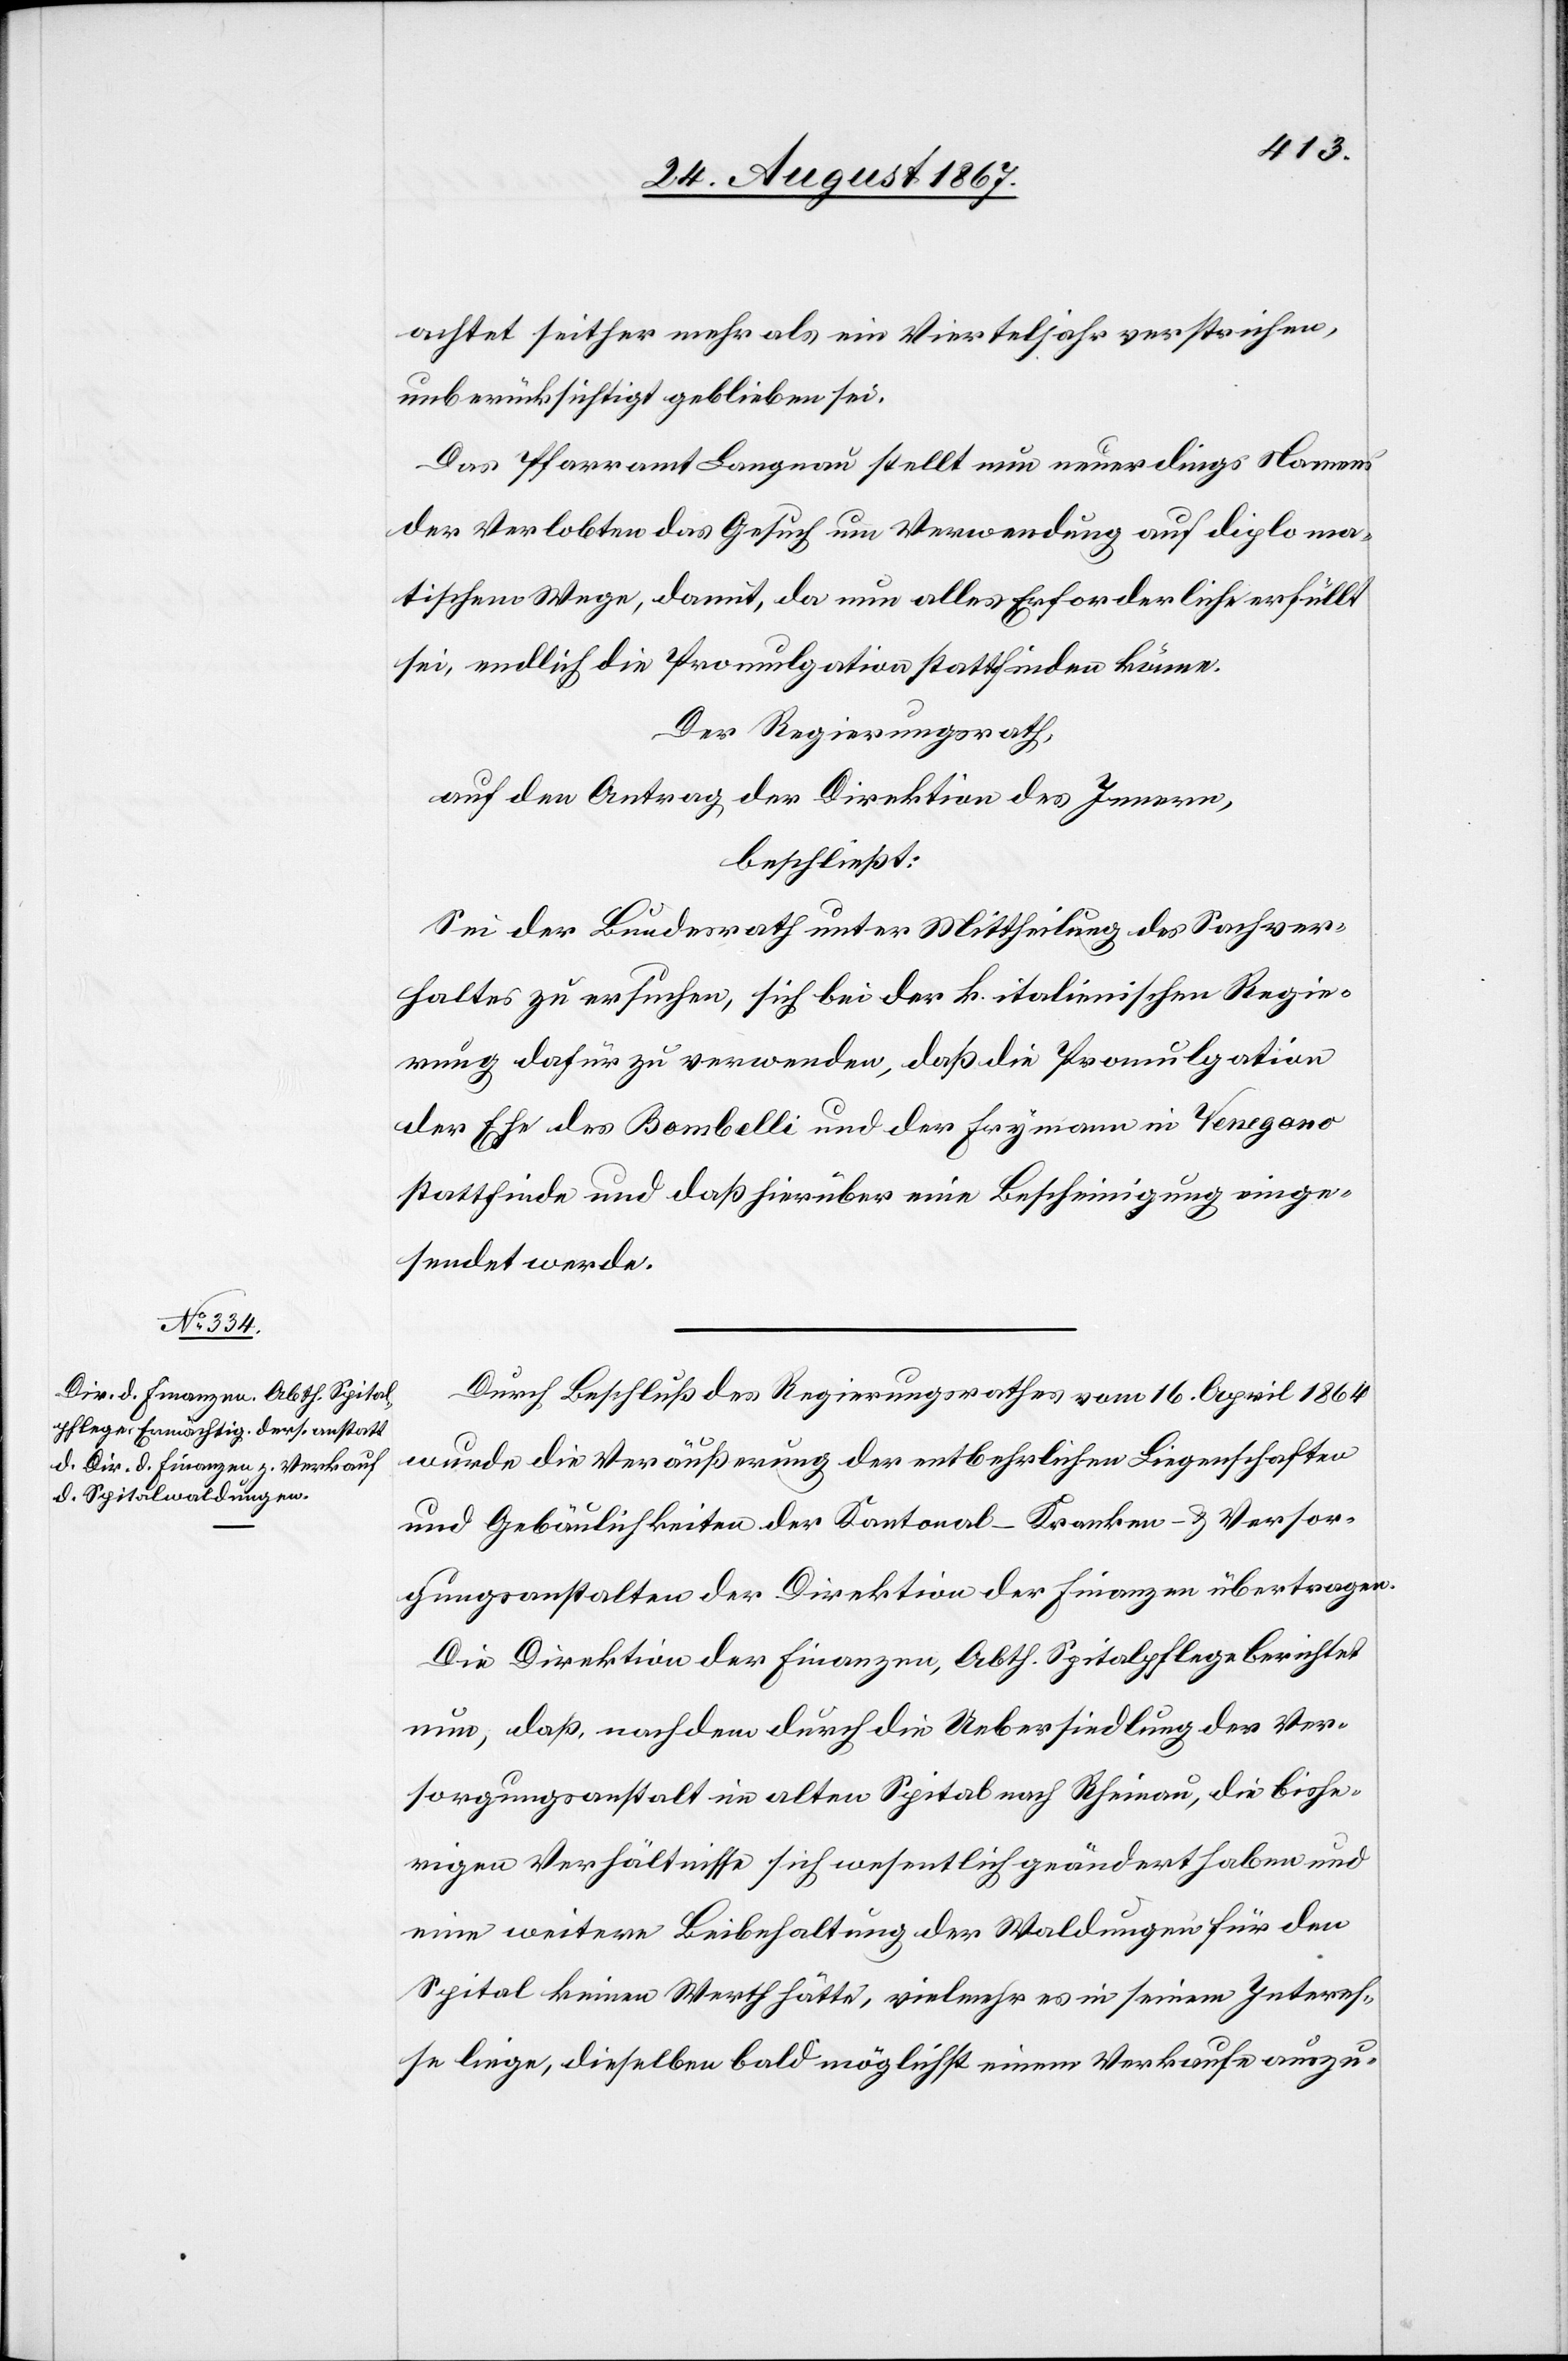
achtet seither mehr als ein Vierteljahr verstrichen,
unberücksichtigt gelieben sei.
Das Pfarramt Langnau stellt nun neuerdings Namens
der Verlobten das Gesuch um Verwendung auf diploma¬
tischem Wege, damit, da nun alles Erforderliche erfüllt
sei, endlich die Promulgation stattfinden könne.
Der Regierungsrath,
auf den Antrag der Direktion des Innern,
beschließt:
Sei der Bundesrath unter Mittheilung des Sachver¬
haltes zu ersuchen, sich bei der k. italienischen Regie¬
rung dafür zu verwenden, daß die Promulgation
der Ehe des Bombelli und der Frymann in Venegono
stattfinde und daß hierüber eine Bescheinigung einge¬
sendet werde.
Durch Beschluß des Regierungsrathes vom 16. April 1864
wurde die Veräußerung der entbehrlichen Liegenschaften
und Gebäulichkeiten der Kantonal-Kranken- u. Versor¬
gungsanstalten der Direktion der Finanzen übertragen.
Die Direktion der Finanzen, Abth. Spitalpflege berichtet
nun, daß, nachdem durch die Uebersiedlung der Ver¬
sorgungsanstalt im alten Spital nach Rheinau, die bishe¬
rigen Verhältnisse sich wesentlich geändert haben und
eine weitere Beibehaltung der Waldungen für den
Spital keinen Werth hätte, vielmehr es in seinem Interes¬
se liege, dieselben baldmöglichst einem Verkaufe auszu-